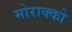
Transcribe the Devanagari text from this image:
मोराक्को